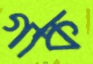
গাক